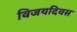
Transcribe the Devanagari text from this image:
विजयदिवस